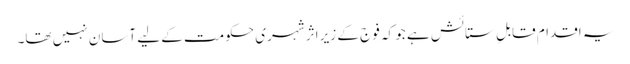
یہ اقدام قابلِ ستائش ہے جو کہ فوج کے زیرِ اثر شہری حکومت کے لیے آسان نہیں تھا۔